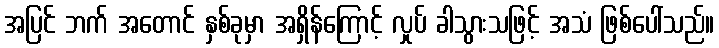
အပြင် ဘက် အတောင် နှစ်ခုမှာ အရှိန်ကြောင့် လှုပ် ခါသွားသဖြင့် အသံ ဖြစ်ပေါ်သည်။